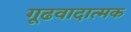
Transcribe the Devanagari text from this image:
गूढवादात्मक